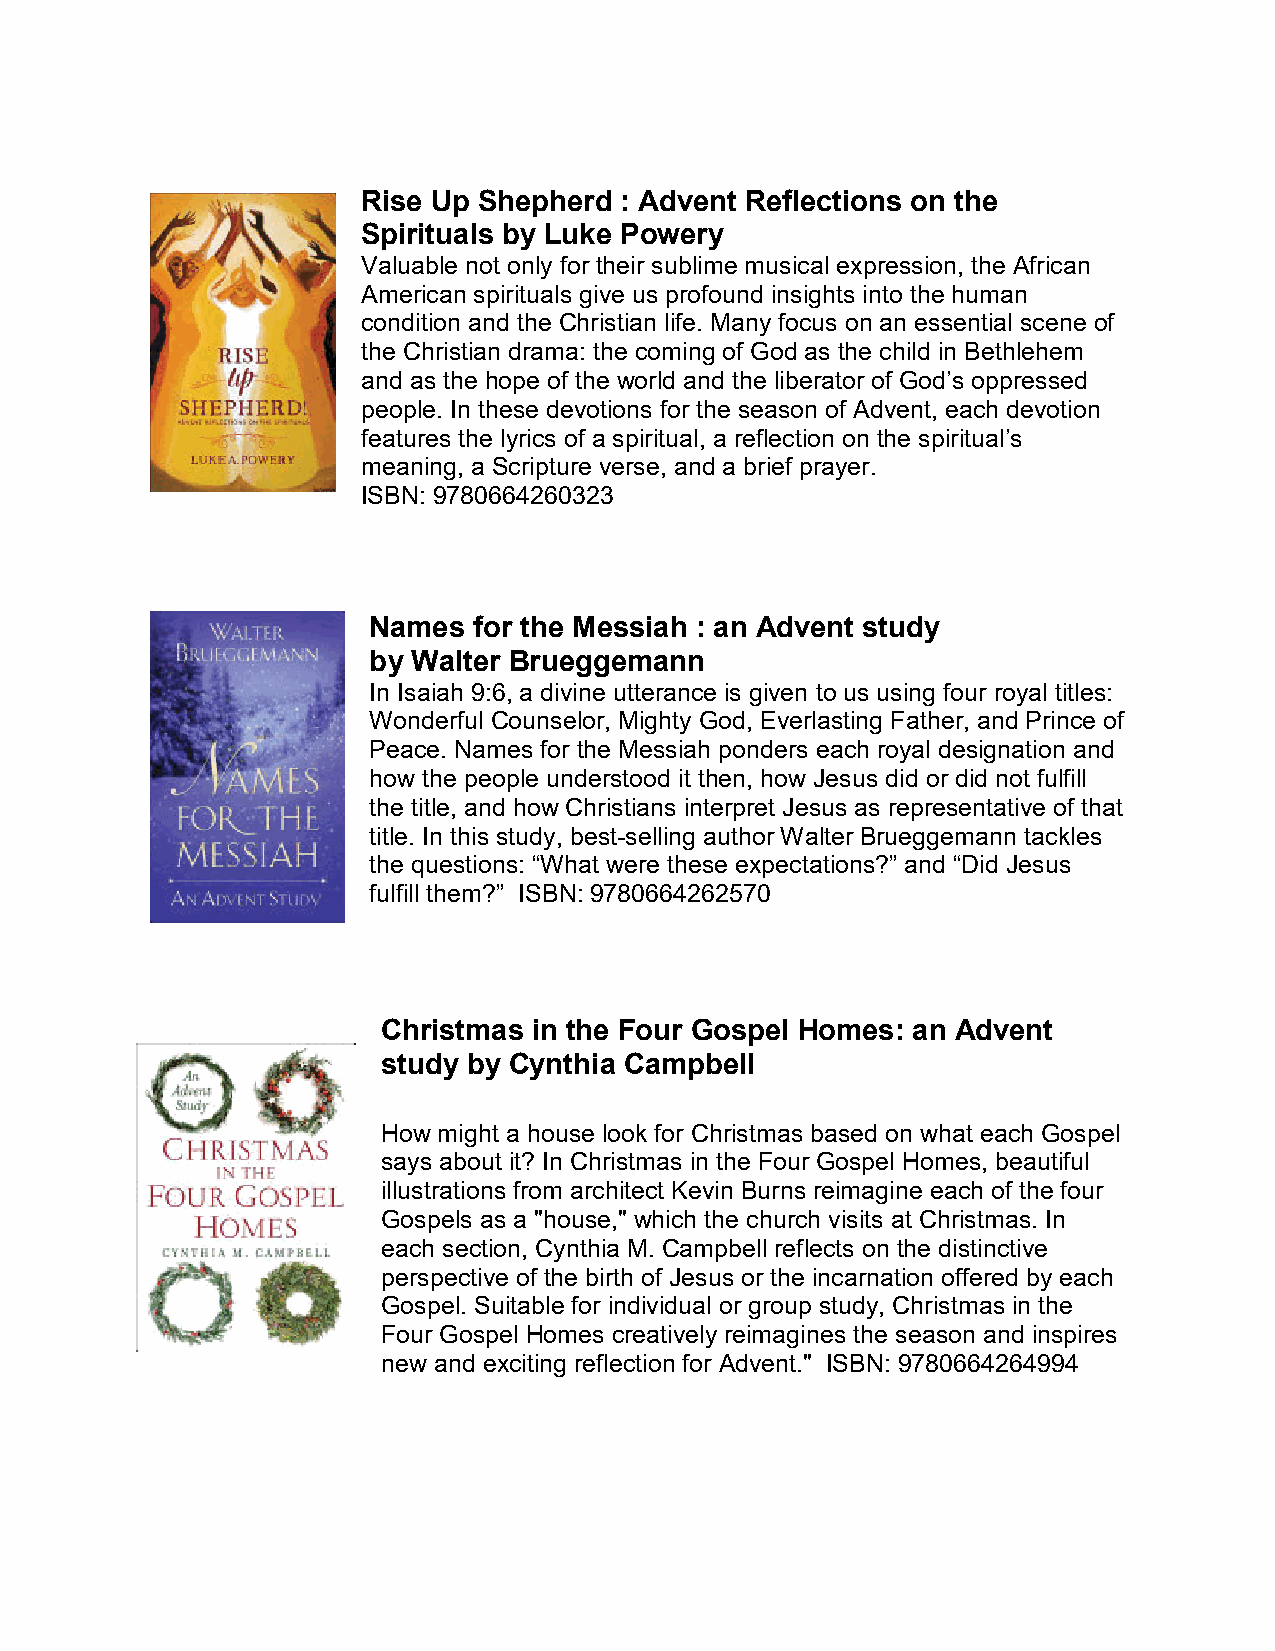
Rise Up Shepherd : Advent Reflections on the
 Spirituals by Luke Powery
 Valuable not only for their sublime musical expression, the African
 American spirituals give us profound insights into the human
 condition and the Christian life. Many focus on an essential scene of
 the Christian drama: the coming of God as the child in Bethlehem
 and as the hope of the world and the liberator of God’s oppressed
 people. In these devotions for the season of Advent, each devotion
 features the lyrics of a spiritual, a reflection on the spiritual’s
 meaning, a Scripture verse, and a brief prayer.
 ISBN: 9780664260323
 Names  for the Messiah : an Advent study
 by Walter Brueggemann
 In Isaiah 9:6, a divine utterance is given to us using four royal titles:
 Wonderful Counselor, Mighty God, Everlasting Father, and Prince of
 Peace. Names for the Messiah ponders each royal designation and
 how the people understood it then, how Jesus did or did not fulfill
 the title, and how Christians interpret Jesus as representative of that
 title. In this study, best-selling author Walter Brueggemann tackles
 the questions: “What were these expectations?” and “Did Jesus
 fulfill them?” ISBN: 9780664262570
 Christmas in the Four Gospel Homes: an Advent
 study by Cynthia Campbell
 How might a house look for Christmas based on what each Gospel
 says about it? In Christmas in the Four Gospel Homes, beautiful
 illustrations from architect Kevin Burns reimagine each of the four
 Gospels as a "house," which the church visits at Christmas. In
 each section, Cynthia M. Campbell reflects on the distinctive
 perspective of the birth of Jesus or the incarnation offered by each
 Gospel. Suitable for individual or group study, Christmas in the
 Four Gospel Homes creatively reimagines the season and inspires
 new and exciting reflection for Advent." ISBN: 9780664264994